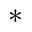
^ *